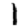
Digit: 1